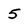
Character: 5